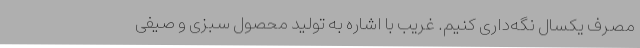
مصرف یکسال نگه‌داری کنیم. غریب با اشاره به تولید محصول سبزی و صیفی